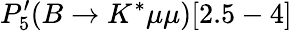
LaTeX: P_{5}^{\prime}(B\to K^{*}\mu\mu)[2.5-4]